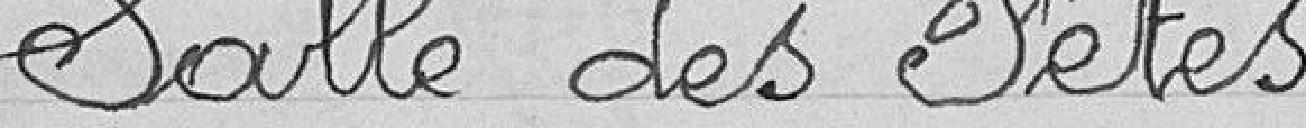
Salle des fêtes